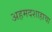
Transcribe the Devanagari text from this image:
अहमदशाहाचा